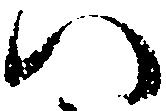
い